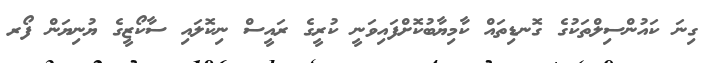
ގިނަ ކައުންސިލްތަކުގެ ގޮނޑިތައް ކާމިޔާބުކޮށްފައިވަނީ ކުރީގެ ރައީސް ނިކޮލައި ސާކޯޒީގެ ޔުނިޔަން ފޯރ